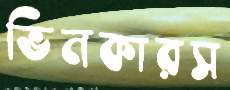
ভিনকারস